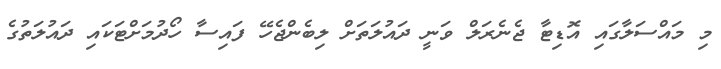
މި މައްސަލާގައި އޮޑިޓާ ޖެނެރަލް ވަނީ ދައުލަތަށް ލިބެންޖެހޭ ފައިސާ ހޯދުމަށްޓަކައި ދައުލަތުގެ